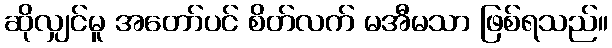
ဆိုလျှင်မူ အတော်ပင် စိတ်လက် မအီမသာ ဖြစ်ရသည်။